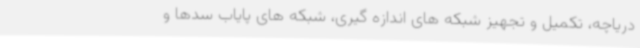
دریاچه، تکمیل و تجهیز شبکه های اندازه گیری، شبکه های پایاب سدها و